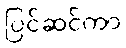
ပြင်ဆင်ကာ